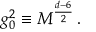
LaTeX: g _ { 0 } ^ { 2 } \equiv M ^ { \frac { d - 6 } { 2 } } \, .